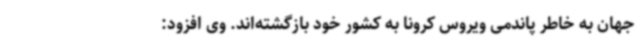
جهان به خاطر پاندمی ویروس کرونا به کشور خود بازگشته‌اند. وی افزود: